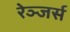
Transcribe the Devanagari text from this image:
रेञ्जर्स